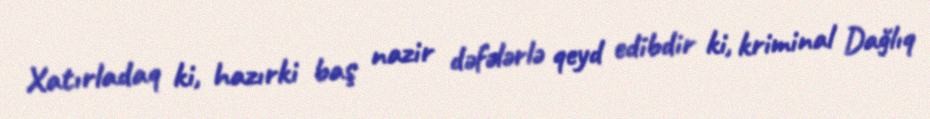
Xatırladaq ki, hazırki baş nazir dəfələrlə qeyd edibdir ki, kriminal Dağlıq